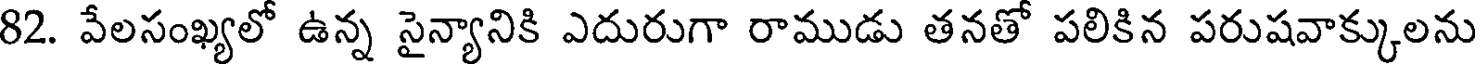
82. వేలసంఖ్యలో ఉన్న సైన్యానికి ఎదురుగా రాముడు తనతో పలికిన పరుషవాక్కులను